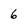
Character: 6